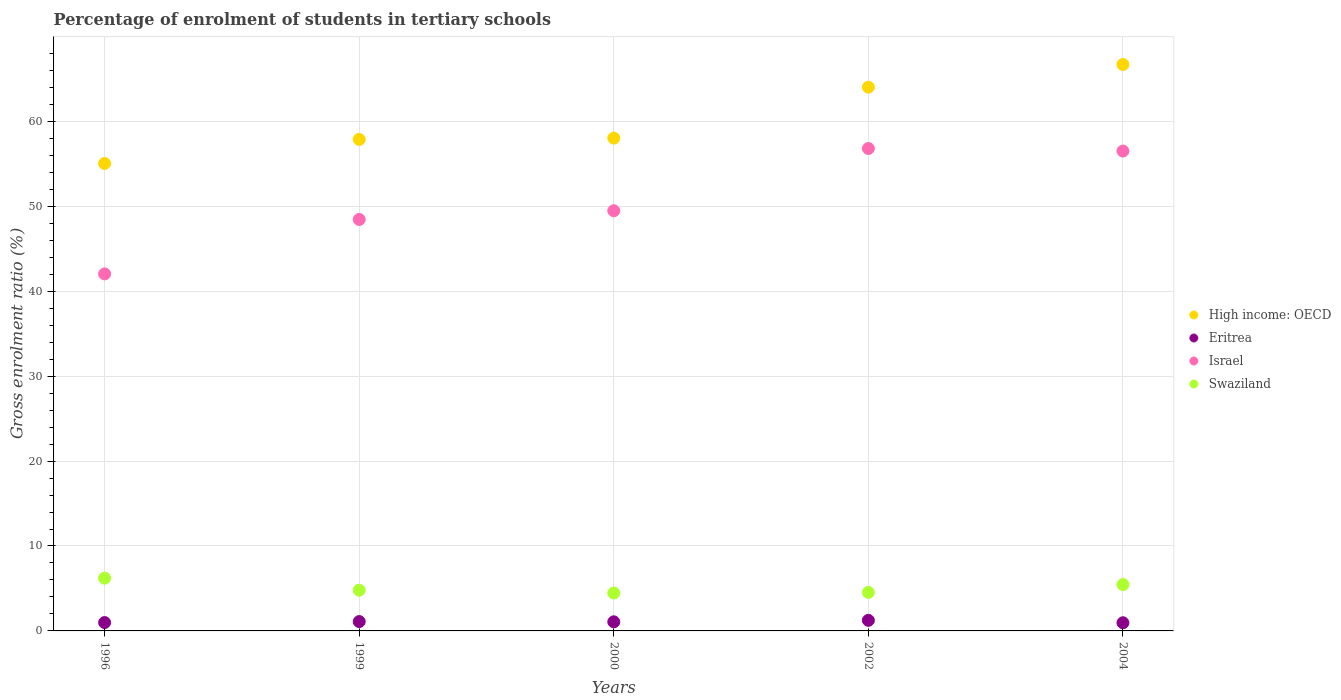
| Years | High income: OECD | Eritrea | Israel | Swaziland |
 | --- | --- | --- | --- | --- |
 | 1996 | 55 | 0.985 | 42 | 6.21 |
 | 1999 | 57.9 | 1.1 | 48.4 | 4.79 |
 | 2000 | 58 | 1.07 | 49.5 | 4.46 |
 | 2002 | 64 | 1.25 | 56.8 | 4.54 |
 | 2004 | 66.7 | 0.959 | 56.5 | 5.46 |